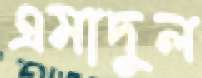
এমাদুল